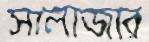
সালাজার